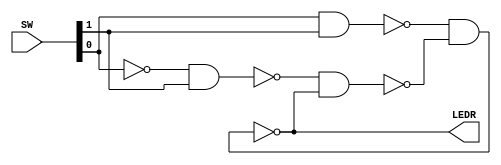
module part2 (SW, LEDR);
	input [1:0]SW;
	output [0:0]LEDR;
	
	wire S, R, R_g, S_g, Qa, Qb /*synthesis keep*/;
	
	assign R = ~SW[0];
	assign R_g = ~(R & SW[1]);
	assign S_g = ~(S & SW[1]);
	assign Qa = ~(S_g & Qb);
	assign Qb = ~(R_g & Qa);
	
	assign S = SW[0];
	assign LEDR[0] = Qa;
	
endmodule